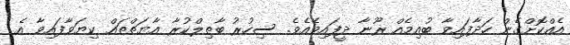
އެއްކޮށްގެން ހަދާފައިވާ ބުއިމެއް ރޫނާ ދީފައިވެއެވެ. ސިހުރު ބާޠިލްކުރާ އާޔަތްތައް ކިޔަވާފައިވާ އެ